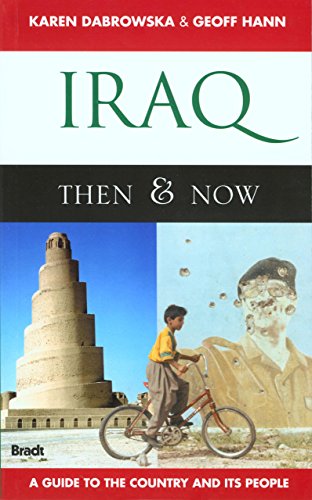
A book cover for Iraq: Then & Now: The Ancient Sites & Iraqi Kurdistan (Bradt Travel Guide); Karen Dabrowska; Travel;